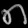
Digit: ၈